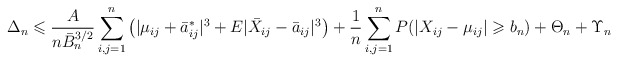
\begin{align*} \Delta_n \leqslant\frac{A}{n \bar{B}_n^{3/2}} \sum\limits_{i,j=1}^n\left(|\mu_{ij}+\bar{a}_{ij}^\ast|^{3} + E|\bar{X}_{ij}-\bar{a}_{ij}|^3 \right)+\frac{1}{n} \sum\limits_{i,j=1}^n P(|X_{ij}-\mu_{ij}| \geqslant b_n)+ \Theta_n + \Upsilon_n\end{align*}